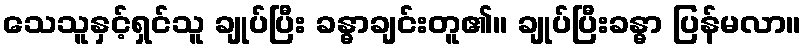
သေသူနှင့်ရှင်သူ ချုပ်ပြီး ခန္ဓာချင်းတူ၏။ ချုပ်ပြီးခန္ဓာ ပြန်မလာ။